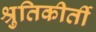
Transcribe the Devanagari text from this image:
श्रुतिकीर्ती